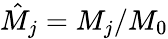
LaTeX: \hat{M}_{j}=M_{j}/M_{0}